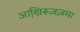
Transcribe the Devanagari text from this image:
आखि़रूज़ज़मा